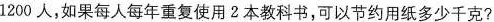
1200人，如果每人每年重复使用2本教科书，可以节约用纸多少千克？